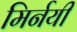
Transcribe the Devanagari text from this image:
मिर्नयी